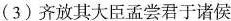
(3)齐 \underset{·}{放}其大臣孟尝君于诸侯